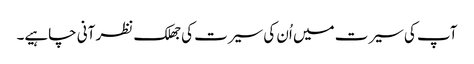
آپ کی سیرت میں اُن کی سیرت کی جھلک نظر آنی چاہیے۔